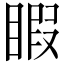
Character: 睱